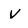
Character: V